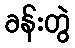
ခန်းတွဲ